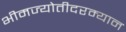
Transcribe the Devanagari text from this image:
भीमज्योतीदरम्यान